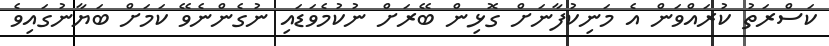
ކަސްރަތު ކުރައްވަން އެ މަނިކުފާނަށް ގޮޅިން ބޭރަށް ނުކުމެވަޑައި ނުގެންނެވޭ ކަމަށް ބަޔާނުގައިވެ